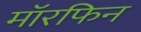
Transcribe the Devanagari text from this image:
मॉरफिन